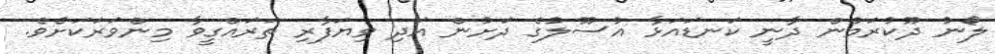
ލޯނު ދޫކުރަމުން ދާނީ ކަނޑައަޅާ އުސޫލުގެ ދަށުން އަދި ވިޔަފާރި ތަރައްގީވާ މިންވަރަކަށެވެ.